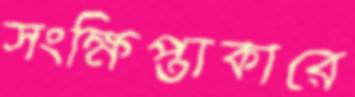
সংক্ষিপ্তাকারে